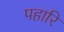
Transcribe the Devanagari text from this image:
पहारि